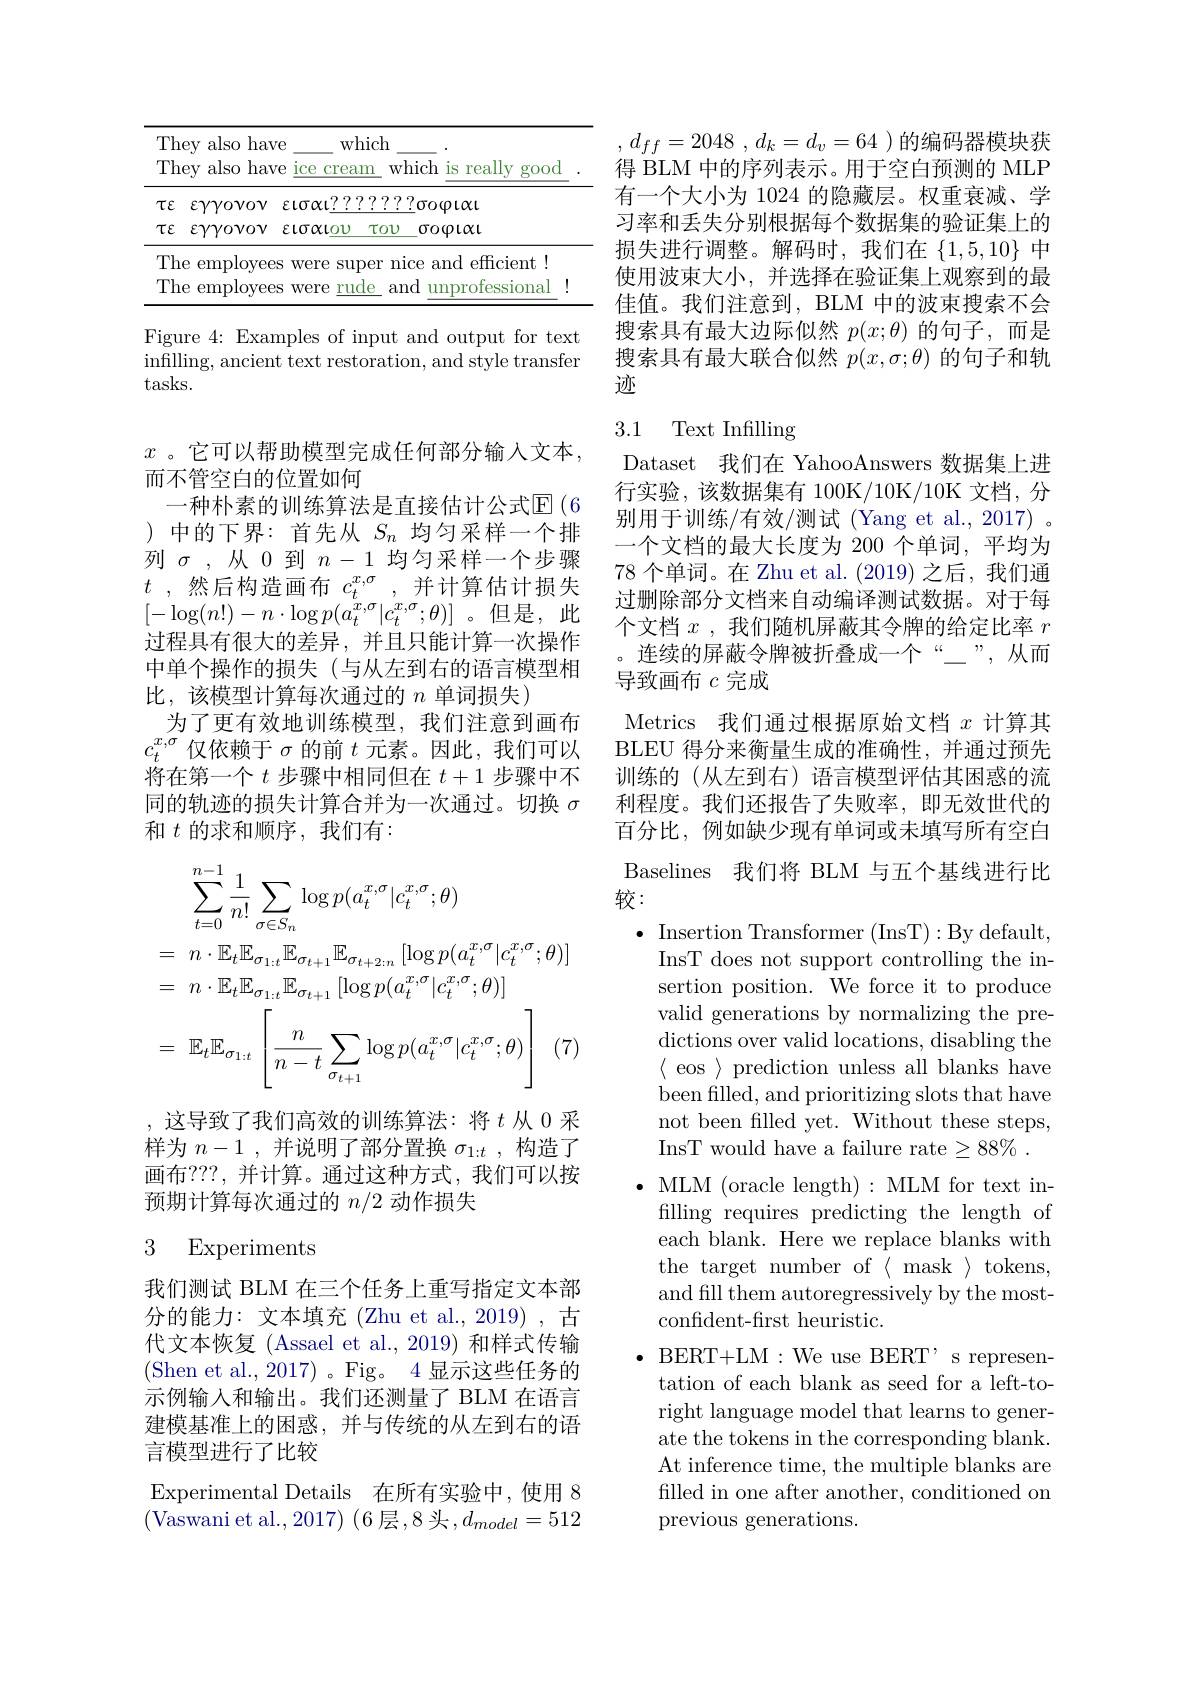
<table>
	<tbody>
		<tr>
			<th rowspan="2">They also have They also have </th>
			<th>which</th>
			<th> </th>
			<th> </th>
			<th rowspan="2"> </th>
		</tr>
		<tr>
			<th>ice Cream</th>
			<th>really ich is</th>
			<th>ally good</th>
		</tr>
		<tr>
			<td>$\tau\varepsilon$ $\varepsilon\gamma\gamma ovov$</td>
			<td>$\sigma\alpha t???$</td>
			<td>$\sigma o\varphi$t$\alpha$</td>
			<td> </td>
			<td> </td>
		</tr>
		<tr>
			<td>$\tau\varepsilon$ $\varepsilon\gamma\gamma ovov$</td>
			<td>$\tau C$ $.0\boldsymbol{\alpha}$tou</td>
			<td>$\sigma o\varphi$t$\alpha$</td>
			<td> </td>
			<td> </td>
		</tr>
		<tr>
			<td>The employees</td>
			<td>${\mathrm{were}}$ Super</td>
			<td>and effici$\epsilon$ e 1</td>
			<td>$\operatorname{ficient}$ $\therefore1$ </td>
			<td> </td>
		</tr>
		<tr>
			<td>The employees</td>
			<td>rude </td>
			<td>unprofessi</td>
			<td>essional</td>
			<td> </td>
		</tr>
	</tbody>
</table>

Figure 4: Examples of input and output for text infilling, ancient text restoration, and style transfer tasks.

$x$。它可以帮助模型完成任何部分输入文本，
而不管空白的位置如何
一种朴素的训练算法是直接估计公式$\mathbb{E}(6$ )中的下界：首先从$S_n$均匀采样一个排列$\sigma$,从0到$n-1$均匀采样一个步骤$t$,然后构造画布$c_t^{x,\sigma}$,并计算估计损失$[-\log(n!)-n\cdot\log p(a_{t}^{x,\sigma}|c_{t}^{x,\sigma};\theta)]$。但是，此过程具有很大的差异，并且只能计算一次操作中单个操作的损失(与从左到右的语言模型相比，该模型计算每次通过的 $n$ 单词损失)
为了更有效地训练模型，我们注意到画布$c_t^{x,\sigma}$仅依赖于$\sigma$的前$t$元素。因此，我们可以将在第一个$t$步骤中相同但在$t+1$步骤中不同的轨迹的损失计算合并为一次通过。切换$\sigma$ 和$t$的求和顺序，我们有：
$$\begin{aligned}&\sum_{t=0}^{n-1}\frac{1}{n!}\sum_{\sigma\in S_{n}}\log p(a_{t}^{x,\sigma}|c_{t}^{x,\sigma};\theta)\\&=\:n\cdot\mathbb{E}_{t}\mathbb{E}_{\sigma_{1:t}}\mathbb{E}_{\sigma_{t+1}}\mathbb{E}_{\sigma_{t+2:n}}\left[\log p(a_{t}^{x,\sigma}|c_{t}^{x,\sigma};\theta)\right]\\&=\:n\cdot\mathbb{E}_{t}\mathbb{E}_{\sigma_{1:t}}\mathbb{E}_{\sigma_{t+1}}\left[\log p(a_{t}^{x,\sigma}|c_{t}^{x,\sigma};\theta)\right]\\&=\:\mathbb{E}_{t}\mathbb{E}_{\sigma_{1:t}}\left[\frac{n}{n-t}\sum_{\sigma_{t+1}}\log p(a_{t}^{x,\sigma}|c_{t}^{x,\sigma};\theta)\right]\:(7)\end{aligned}$$
, 这导致了我们高效的训练算法：将$t$ 从 0 采样为$n-1$ ,并说明了部分置换$\sigma_1:t$ ,构造了画布？??,并计算。通过这种方式，我们可以按预期计算每次通过的$n/2$动作损失

# 3 Experiments

我们测试 BLM 在三个任务上重写指定文本部分的能力：文本填充 (Zhu et al.,2019) ,古代文本恢复 (Assael et al.,2019) 和样式传输(Shen et al., 2017)。Fig。4 显示这些任务的示例输入和输出。我们还测量了 BLM 在语言建模基准上的困惑，并与传统的从左到右的语言模型进行了比较
Experimental Details 在所有实验中，使用 8 (Vaswani et al.,2017)(6 层，8头$,d_model=512$

$, d_{ff}= 2048$ , $d_{k}= d_{v}= 64$ )的编码器模块获得 BLM 中的序列表示。用于空白预测的 MLP 有一个大小为 1024 的隐藏层。权重衰减、学习率和丢失分别根据每个数据集的验证集上的损失进行调整。解码时，我们在$\{1,5,10\}$中使用波束大小，并选择在验证集上观察到的最佳值。我们注意到，BLM 中的波束搜索不会搜索具有最大边际似然$p(x;\theta)$的句子，而是搜索具有最大联合似然$p(x,\sigma;\theta)$的句子和轨迹

### 3.1 Text Infilling

Dataset 我们在 YahooAnswers 数据集上进行实验，该数据集有 100K/10K/10K 文档，分别用于训练/有效/测试(Yang et al., 2017) 。一个文档的最大长度为 200 个单词，平均为78 个单词。在 Zhu et al. (2019) 之后，我们通过删除部分文档来自动编译测试数据。对于每个文档$x$ ,我们随机屏蔽其令牌的给定比率$r$ 。连续的屏蔽令牌被折叠成一个“二”,从而导致画布$c$完成
Metrics 我们通过根据原始文档$x$计算其BLEU 得分来衡量生成的准确性，并通过预先训练的(从左到右)语言模型评估其困惑的流利程度。我们还报告了失败率，即无效世代的百分比，例如缺少现有单词或未填写所有空白Baselines 我们将 BLM 与五个基线进行比较：
$\bullet$ Insertion Transformer (InsT):By default,
InsT does not support controlling the insertion position. We force it to produce valid generations by normalizing the predictions over valid locations, disabling the $\langle$ eos $\rangle$ prediction unless all blanks have been filled, and prioritizing slots that have not been filled yet. Without these steps, InsT would have a failure rate$\geq88\%.$
$\bullet$MLM (oracle length):MLM for text infilling requires predicting the length of each blank. Here we replace blanks with the target number of $\langle$ mask $\rangle$ tokens, and fill them autoregressively by the mostconfident-first heuristic.
$\bullet$ BERT+LM:We use BERT, s represen-
tation of each blank as seed for a left-toright language model that learns to generate the tokens in the corresponding blank. At inference time, the multiple blanks are filled in one after another, conditioned on previous generations.